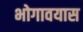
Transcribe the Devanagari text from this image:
भोगावयास